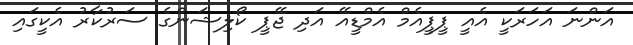
އަންނަ އަހަރަކީ އެއީ ޕީޕީއެމް އެމްޑީއޭ އަދި ޖޭޕީ ކޯލިޝަންގެ ސަރުކާރު އެކީގައި